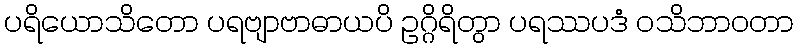
ပရိယောသိတော ပရဗျာဗာဓာယပိ ဥဂ္ဂိရိတွာ ပရဿပဒံ ဝသိဘာဝတာ